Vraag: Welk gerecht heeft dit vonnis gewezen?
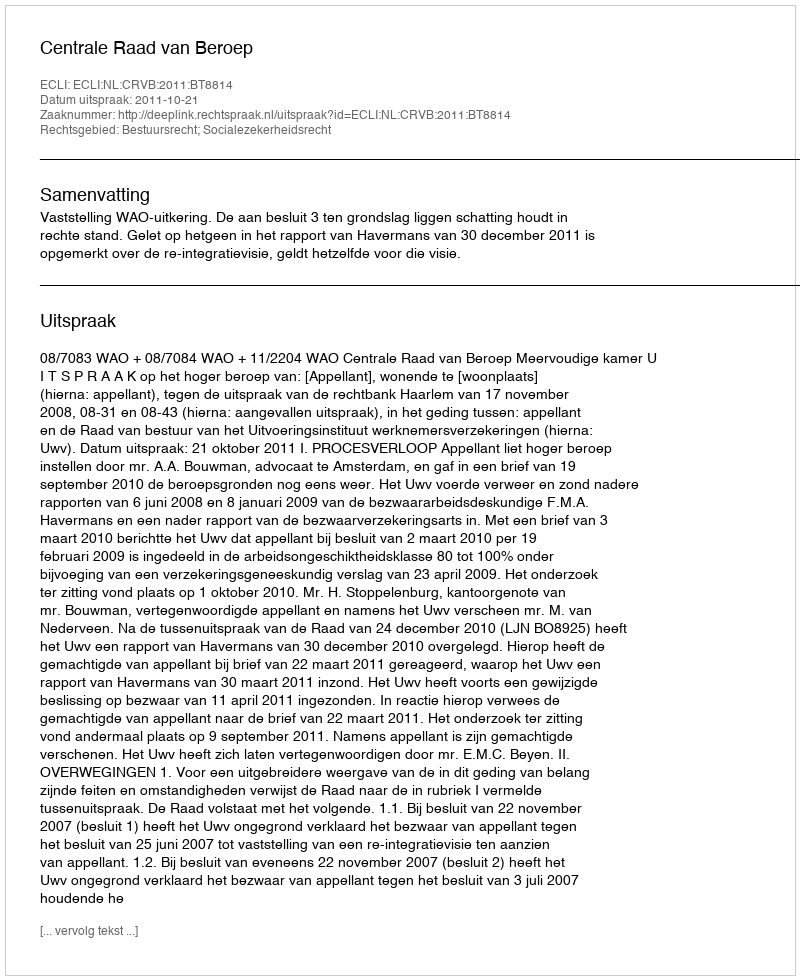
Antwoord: Centrale Raad van Beroep